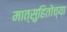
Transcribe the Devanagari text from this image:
मात्सुहितोच्या